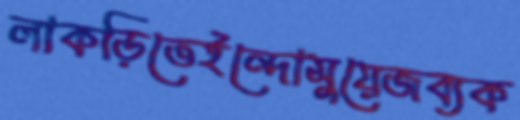
লাকড়িতেইন্দোসুয়েজব্যক